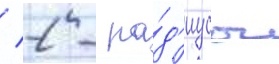
/ 2 - ра́д'иусы